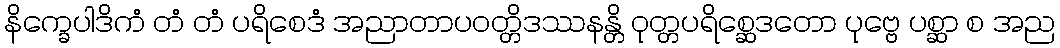
နိက္ခေပါဒိကံ တံ တံ ပရိစေဒံ အညာတာပဝတ္တိဒဿနန္တိ ဝုတ္တပရိစ္ဆေဒတော ပုဗ္ဗေ ပစ္ဆာ စ အည